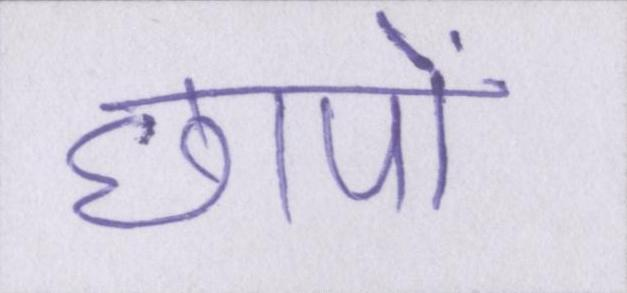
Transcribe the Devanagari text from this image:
छापों